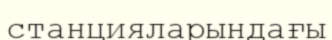
станцияларындағы